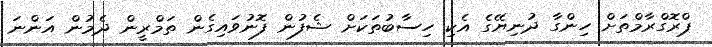
ޕްރޮގްރާމްތަށް ހިންގާ ދުނިޔޭގެ އެކި ހިސާބުތަކަށް ޝެފުން ފޮނުވައިގެން ތަމްރީން ދެމުން އަންނަ